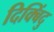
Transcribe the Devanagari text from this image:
दिक्बिंदु